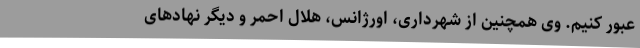
عبور کنیم. وی همچنین از شهرداری، اورژانس، هلال احمر و دیگر نهادهای